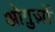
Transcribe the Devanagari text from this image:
ओग़ुज़ों